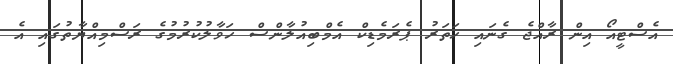
އެސްޓީއޯ އިން ރާއްޖެ ގެނައި ހަތަރު ޕެރަމެޑިކް އެމްބިއުލާންސް ހަވާލުކުރުމުގެ ރަސްމިއްޔާތުގައި އެ